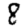
Digit: 8